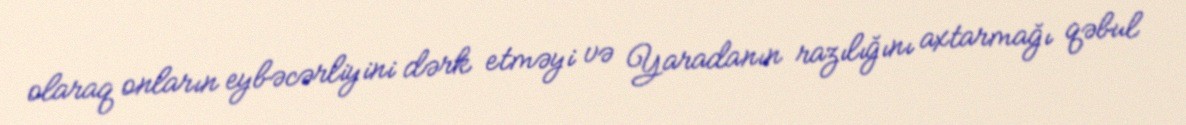
olaraq onların eybəcərliyini dərk etməyi və Yaradanın razılığını axtarmağı qəbul